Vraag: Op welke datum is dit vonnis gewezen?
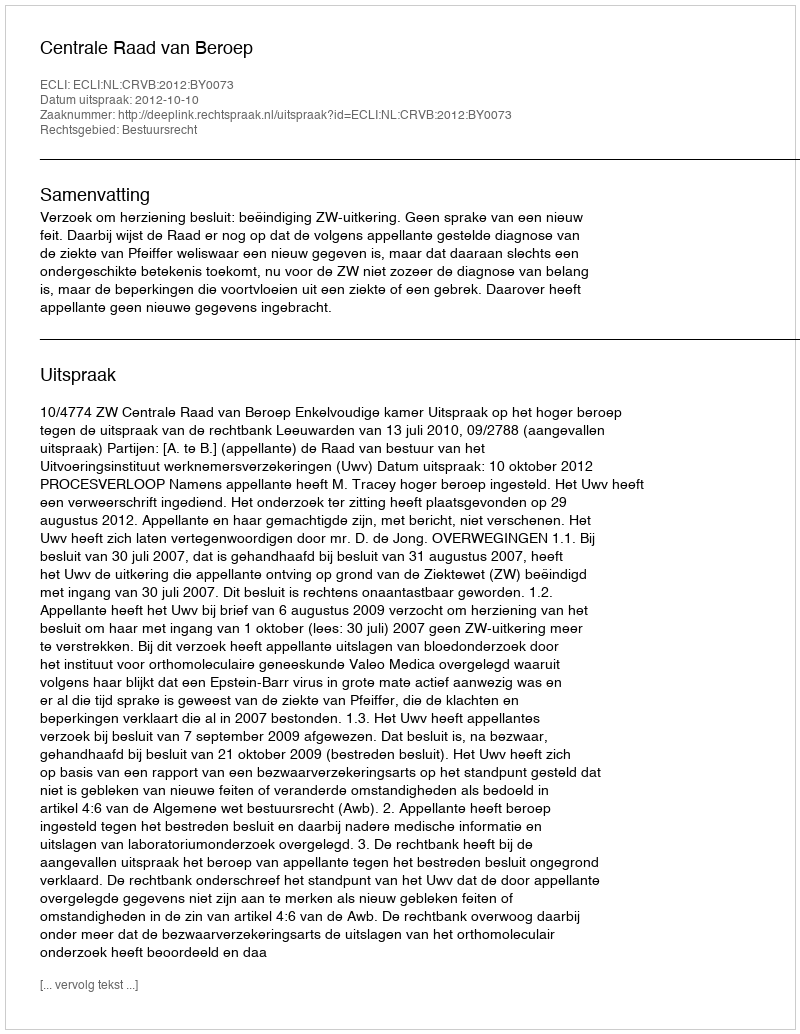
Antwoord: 2012-10-10